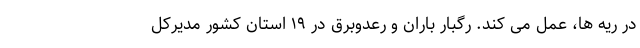
در ریه ها، عمل می کند. رگبار باران و رعدوبرق در ۱۹ استان کشور مدیرکل